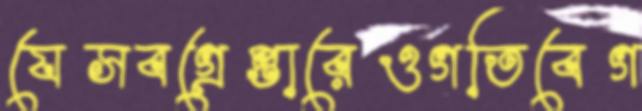
যেসবগ্রেপ্তারেওগতিবেগ